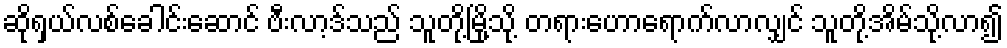
ဆိုရှယ်လစ်ခေါင်းဆောင် ဗီးလာ့ဒ်သည် သူတို့မြို့သို့ တရားဟောရောက်လာလျှင် သူတို့အိမ်သို့လာ၍